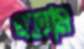
হতাম